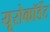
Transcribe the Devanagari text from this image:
यूरोकॉर्डेट